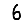
Digit: 6